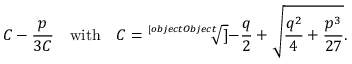
C - { \frac { p } { 3 C } } \quad { \mathrm { w i t h } } \quad C = { \sqrt [ [object Object] ] { - { \frac { q } { 2 } } + { \sqrt { { \frac { q ^ { 2 } } { 4 } } + { \frac { p ^ { 3 } } { 2 7 } } } } } } .